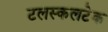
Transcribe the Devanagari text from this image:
टलस्कलटेक